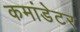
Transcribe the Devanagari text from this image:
कमांडेटर